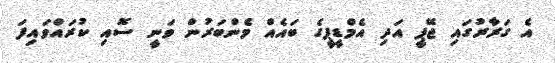
އެ ގަރާރުގައި ޖޭޕީ އަދި އެމްޑީޕީގެ ބައެއް މެންބަރުން ވަނީ ސޮއި ކުރައްވައިފަ